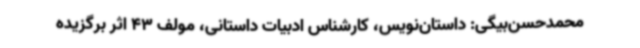
محمدحسن‌بیگی: داستان‌نویس، کارشناس ادبیات داستانی، مولف 43 اثر برگزیده